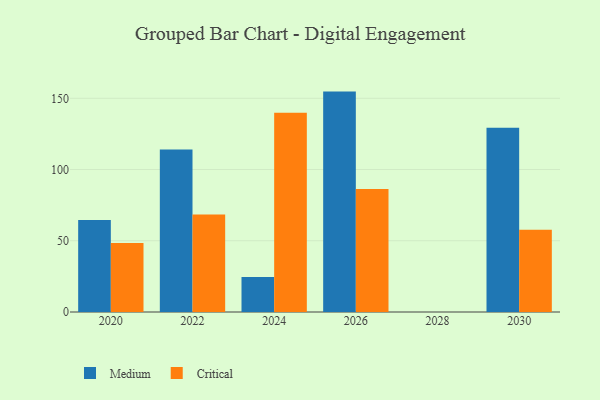
{"axis": {"x": "Year", "y": "Page Views"}, "legend": ["Critical", "Medium"], "data": [{"x": "2024", "y": 24.6, "type": "Medium"}, {"x": "2024", "y": 139.8, "type": "Critical"}, {"x": "2022", "y": 114.1, "type": "Medium"}, {"x": "2022", "y": 68.5, "type": "Critical"}, {"x": "2020", "y": 64.5, "type": "Medium"}, {"x": "2020", "y": 48.4, "type": "Critical"}, {"x": "2030", "y": 129.4, "type": "Medium"}, {"x": "2030", "y": 57.7, "type": "Critical"}, {"x": "2026", "y": 154.7, "type": "Medium"}, {"x": "2026", "y": 86.4, "type": "Critical"}]}